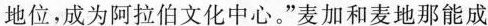
地位，成为阿拉伯文化中心。”麦加和麦地那能成